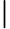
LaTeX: \boldsymbol{|}